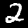
Digit: 2